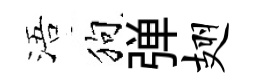
浯狗弹翅